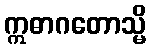
ဣဓာဂတောသ္မိ